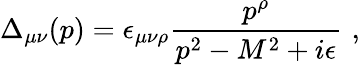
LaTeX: \Delta_{\mu\nu}(p)=\epsilon_{\mu\nu\rho}\frac{p^{\rho}}{p^{2}-M^{2}+i\epsilon}\, \, ,